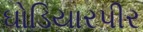
ઘોડિયારપીર